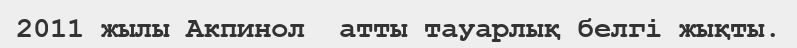
2011 жылы Акпинол  атты тауарлық белгі жықты.